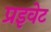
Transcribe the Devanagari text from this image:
प्रइवेट